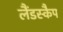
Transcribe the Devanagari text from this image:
लैंडस्कैप